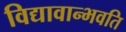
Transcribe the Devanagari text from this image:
विद्यावान्भवति